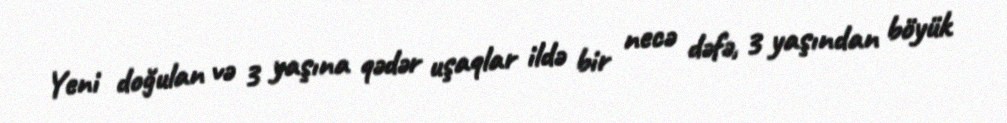
Yeni doğulan və 3 yaşına qədər uşaqlar ildə bir necə dəfə, 3 yaşından böyük